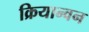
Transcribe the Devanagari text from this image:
क्रियान्‍वन